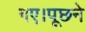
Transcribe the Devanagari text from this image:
गए।पूछने